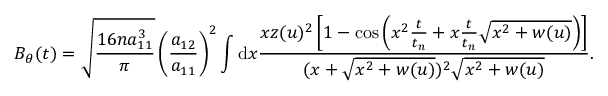
B _ { \theta } ( t ) = \sqrt { \frac { 1 6 n a _ { 1 1 } ^ { 3 } } { \pi } } \left( \frac { a _ { 1 2 } } { a _ { 1 1 } } \right) ^ { 2 } \int \mathrm { d } x \frac { x z ( u ) ^ { 2 } \left[ 1 - \cos \left( x ^ { 2 } \frac { t } { t _ { n } } + x \frac { t } { t _ { n } } \sqrt { x ^ { 2 } + w ( u ) } \right) \right] } { ( x + \sqrt { x ^ { 2 } + w ( u ) } ) ^ { 2 } \sqrt { x ^ { 2 } + w ( u ) } } .